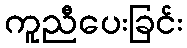
ကူညီပေးခြင်း